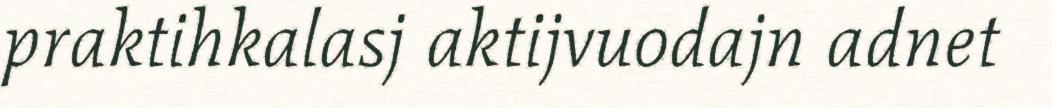
praktihkalasj aktijvuodajn adnet